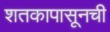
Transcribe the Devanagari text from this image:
शतकापासूनची